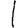
Digit: 1